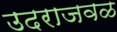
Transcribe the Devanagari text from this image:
उदराजवळ